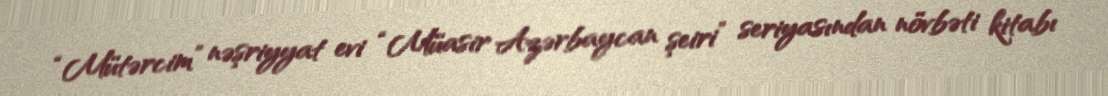
“Mütərcim” nəşriyyat evi “Müasir Azərbaycan şeiri” seriyasından növbəti kitabı